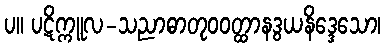
ပ။ ပဋိက္ကူလ-သညာဓာတုဝဝတ္ထာနဒွယနိဒ္ဒေသော၊